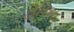
ટોપિકસ